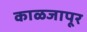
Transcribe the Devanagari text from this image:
काळजापूर